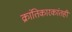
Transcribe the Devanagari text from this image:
क्रांतिकारकांतही